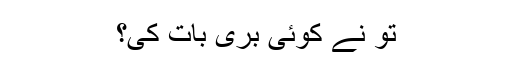
تو نے کوئی بُری بات کی؟